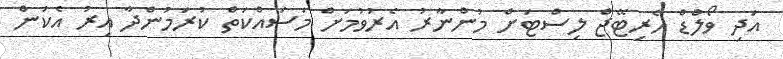
އަދި ވޯލްޑް ހެރިޓޭޖް ލިސްޓަށް މުންނާރު އެރުވުމަށް މަސައްކަތް ކުރަމުންދާ އިރު އެކަން